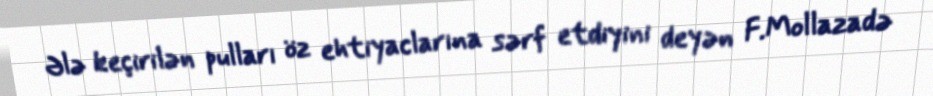
Ələ keçirilən pulları öz ehtiyaclarına sərf etdiyini deyən F.Mollazadə